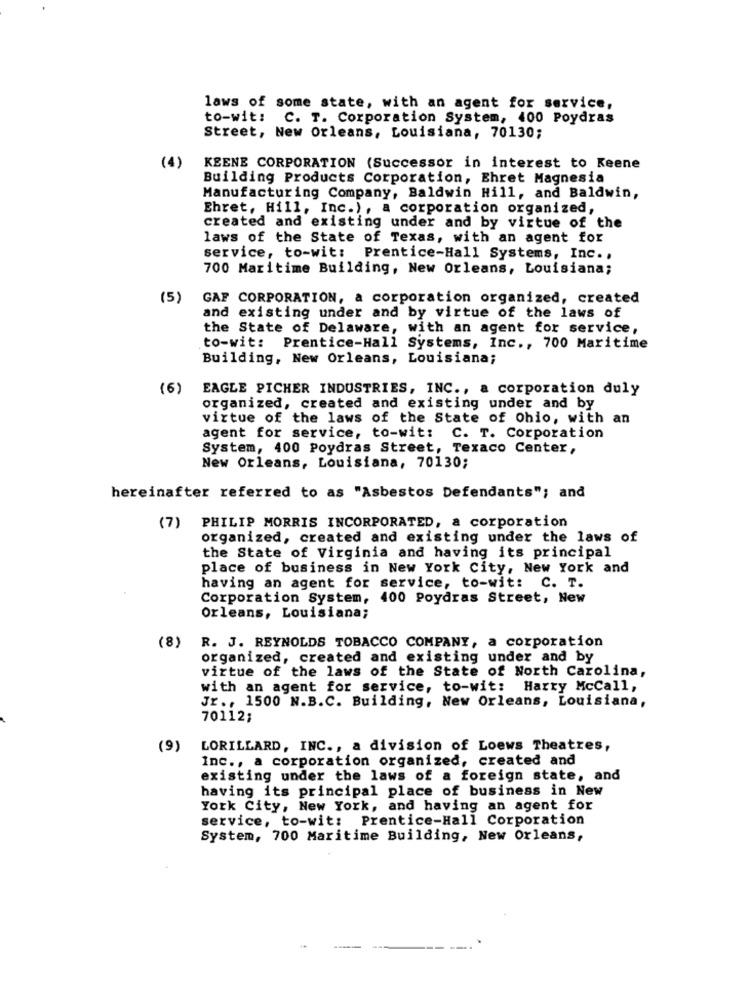
laws of some state, with an agent for service,
to-wit: C. T. Corporation System, 400 Poydras
Street, New Orleans, Louisiana, 70130;
(4)
KEENE CORPORATION (Successor in interest to Keene
Building Products Corporation, Ehret Magnesia
Manufacturing Company, Baldwin Hill, and Baldwin,
Ehret, Hill, Inc.), a corporation organized,
created and existing under and by virtue of the
laws of the State of Texas, with an agent for
service, to-wit: Prentice-Hall Systems, Inc .,
700 Maritime Building, New Orleans, Louisiana;
(5)
GAF CORPORATION, a corporation organized, created
and existing under and by virtue of the laws of
the State of Delaware, with an agent for service,
to-wit: Prentice-Hall Systems, Inc ., 700 Maritime
Building, New Orleans, Louisiana;
(6)
EAGLE PICHER INDUSTRIES, INC ., a corporation duly
organized, created and existing under and by
virtue of the laws of the State of Ohio, with an
agent for service, to-wit: C. T. Corporation
System, 400 Poydras Street, Texaco Center,
New Orleans, Louisiana, 70130;
hereinafter referred to as "Asbestos Defendants"; and
(7) PHILIP MORRIS INCORPORATED, a corporation
organized, created and existing under the laws of
the State of Virginia and having its principal
place of business in New York City, New York and
having an agent for service, to-wit: C. T.
Corporation System, 400 Poydras Street, New
Orleans, Louisiana;
(8)
R. J. REYNOLDS TOBACCO COMPANY, a corporation
organized, created and existing under and by
virtue of the laws of the State of North Carolina,
with an agent for service, to-wit: Harry McCall,
Jr ., 1500 N.B.C. Building, New Orleans, Louisiana,
70112;
(9)
LORILLARD, INC ., a division of Loews Theatres,
Inc ., a corporation organized, created and
existing under the laws of a foreign state, and
having its principal place of business in New
York City, New York, and having an agent for
service, to-wit: Prentice-Hall Corporation
System, 700 Maritime Building, New Orleans,